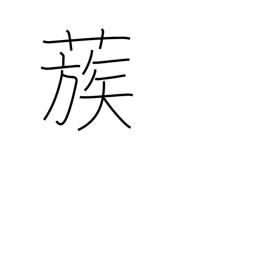
Meaning: gather together